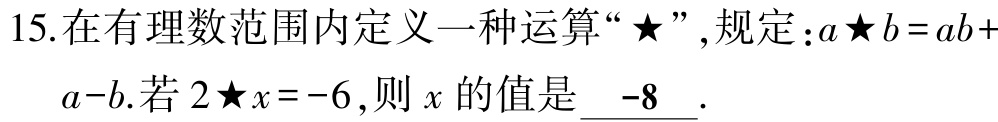
15.在有理数范围内定义一种运算“★”,规定：\(a★b = ab + a - b\).若\(2★x = -6\),则\(x\)的值是 \(-8\) .